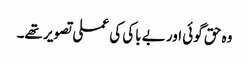
وہ حق گوئی اور بے باکی کی عملی تصویر تھے۔